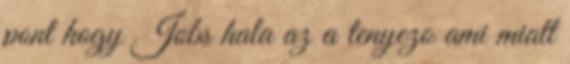
pont hogy Jobs hala az a tenyezo ami miatt